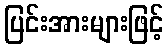
ပြင်းအားများဖြင့်